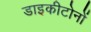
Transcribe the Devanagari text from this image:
डाइकीटोनों